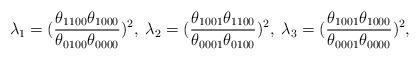
LaTeX: \begin{align*}\lambda_1 =(\frac{\theta_{1100}\theta_{1000}}{\theta_{0100}\theta_{0000}})^2,\;\lambda_2=(\frac{\theta_{1001}\theta_{1100}}{\theta_{0001}\theta_{0100}})^2,\;\lambda_3=(\frac{\theta_{1001}\theta_{1000}}{\theta_{0001}\theta_{0000}})^2,\end{align*}